Report of an investigation of the epidemic of malarial fever in Assam, or, kala-azar
Disease focus: Malaria
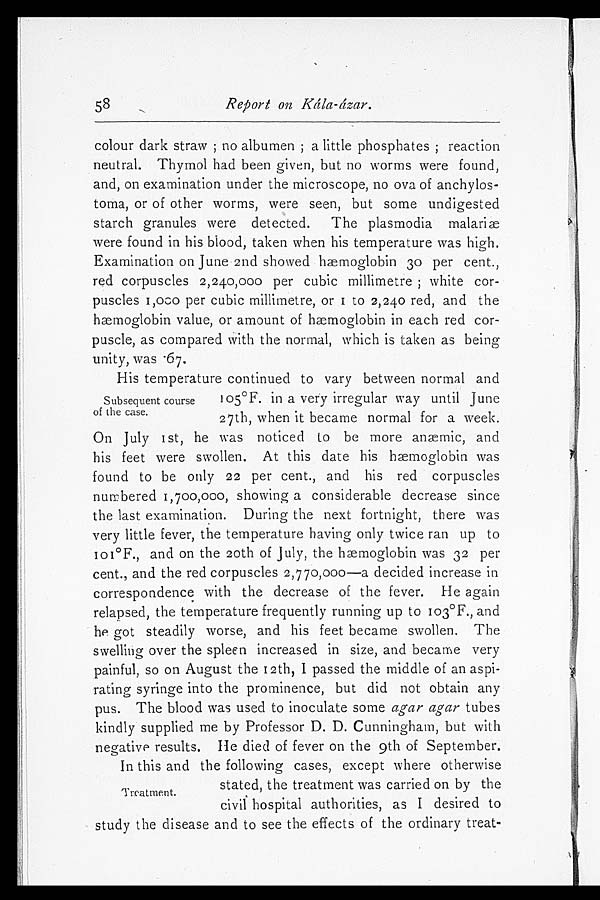
58
Report on Kála-ázar.
colour dark straw; no albumen; a little phosphates; reaction
neutral. Thymol had been given, but no worms were found,
and, on examination under the microscope, no ova of anchylos-
toma, or of other worms, were seen, but some undigested
starch granules were detected. The plasmodia malaria
were found in his blood, taken when his temperature was high.
Examination on June 2nd showed hæmoglobin 30 per cent.,
red corpuscles 2,240,000 per cubic millimetre; white cor-
puscles 1,000 per cubic millimetre, or 1 to 2,240 red, and the
hæmoglobin value, or amount of hæmoglobin in each red cor-
puscle, as compared with the normal, which is taken as being
unity, was 67.
Subsequent course
of the case.
His temperature continued to vary between normal and
105°F. in a very irregular way until June
27th, when it became normal for a week.
On July 1st, he was noticed to be more anæmic, and
his feet were swollen. At this date his hæmoglobin was
found to be only 22 per cent., and his red corpuscles
numbered 1,700,000, showing a considerable decrease since
the last examination. During the next fortnight, there was
very little fever, the temperature having only twice ran up to
101°F., and on the 20th of July, the hæmoglobin was 32 per
cent., and the red corpuscles 2,770,000—a decided increase in
correspondence with the decrease of the fever. He again
relapsed, the temperature frequently running up to 103°F., and
he got steadily worse, and his feet became swollen. The
swelling over the spleen increased in size, and became very
painful, so on August the I2th, I passed the middle of an aspi-
rating syringe into the prominence, but did not obtain any
pus. The blood was used to inoculate some agar agar tubes
kindly supplied me by Professor D. D. Cunningham, but with
negative results. He died of fever on the 9th of September.
Treatment.
In this and the following cases, except where otherwise
stated, the treatment was carried on by the
civil hospital authorities, as I desired to
study the disease and to see the effects of the ordinary treat-